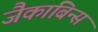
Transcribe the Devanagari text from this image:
जैकाबिन्स